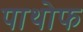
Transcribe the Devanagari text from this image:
पाथोफ